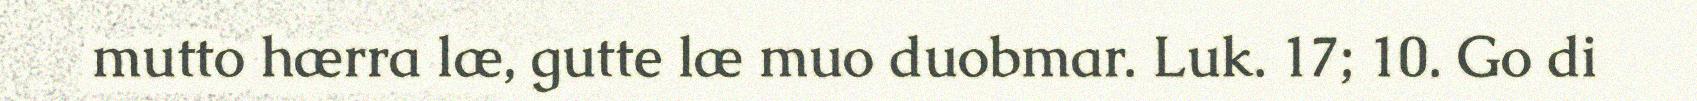
mutto hærra læ, gutte læ muo duobmar. Luk. 17; 10. Go di